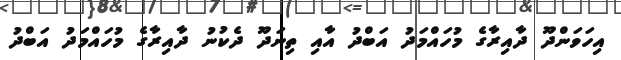
އިހަވަންދޫ ދާއިރާގެ މުހައްމަދު އަބްދު އާއި ތިނަދޫ ދެކުނު ދާއިރާގެ މުހައްމަދު އަބްދު